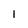
Character: 1